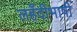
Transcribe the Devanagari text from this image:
लहँदीभाषी